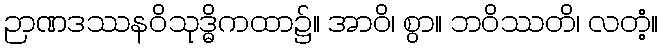
ဉာဏဒဿနဝိသုဒ္ဓိကထာ၌။ အာဝိ၊ စွာ။ ဘဝိဿတိ၊ လတံ့။